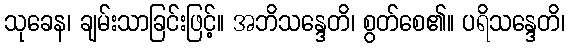
သုခေန၊ ချမ်းသာခြင်းဖြင့်။ အဘိသန္ဒေတိ၊ စွတ်စေ၏။ ပရိသန္ဒေတိ၊